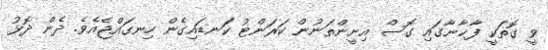
ވީ ގޮތަކީ ފާޚާނާގައި ގޮސް އިށީންތަނުން ކަރަންޓު ކަނޑައިގެން ހިނގައްޖެއެވެ. ދެން ދޮޅު